Insane asylums Bombay 1873-77 - 1873-1877
Year: 1873
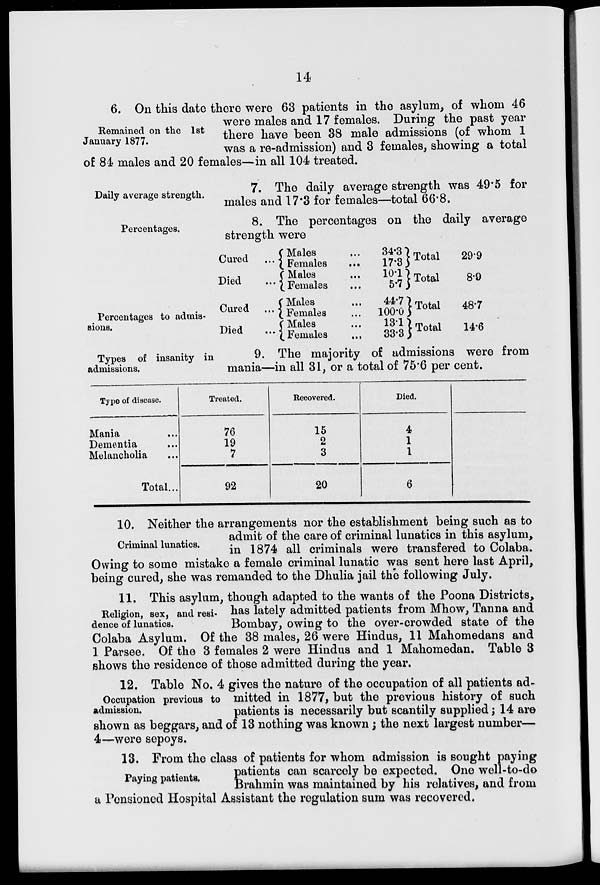
14
Remained on the 1st
January 1877.
6. On this date there were 63 patients in the asylum, of whom 46
were males and 17 females. During the past year
there have been 38 male admissions (of whom 1
was a re-admission) and 3 females, showing a total
of 84 males and 20 females—in all 104 treated.
Daily average strength.
7. The daily average strength was 49.5 for
males and 17.3 for females—total 66.8.
Percentages.
8. The percentages on the daily average
strength were
Percentages to admis-
sions.
Cured ...
Died ...
Cured ...
Died
...
Males ...
Females ...
Males ...
Females ...
Males ...
Females ...
Males ...
Females ...
34.3
17.3
10.1
5.7
44.7
100.0
13.1
33.3
Total
Total
Total
Total
29.9
8.9
48.7
14.6
Types of insanity in
admissions.
9. The majority of admissions were from
mania—in all 31, or a total of 75.6 per cent.
Type of disease.
Mania ...
Dementia ...
Melancholia ...
Total...
Treated.
76
19
7
92
Recovered.
15
2
3
20
Died.
4
1
1
6
Criminal lunatics.
10. Neither the arrangements nor the establishment being such as to
admit of the care of criminal lunatics in this asylum,
in 1874 all criminals were transfered to Colaba.
Owing to some mistake a female criminal lunatic was sent here last April,
being cured, she was remanded to the Dhulia jail the following July.
Religion, sex, and resi-
dence of lunatics.
11. This asylum, though adapted to the wants of the Poona Districts,
has lately admitted patients from Mhow, Tanna and
Bombay, owing to the over-crowded state of the
Colaba Asylum. Of the 38 males, 26 were Hindus, 11 Mahomedans and
1 Parsee. Of the 3 females 2 were Hindus and 1 Mahomedan, Table 3
shows the residence of those admitted during the year.
Occupation previous to
admission.
12. Table No. 4 gives the nature of the occupation of all patients ad-
mitted in 1877, but the previous history of such
patients is necessarily but scantily supplied ; 14 are
shown as beggars, and of 13 nothing was known ; the next largest number—
4—were sepoys.
Paying patients.
13. From the class of patients for whom admission is sought paying
patients can scarcely be expected. One well-to-do
Brahmin was maintained by his relatives, and from
a Ponsioned Hospital Assistant the regulation sum was recovered.